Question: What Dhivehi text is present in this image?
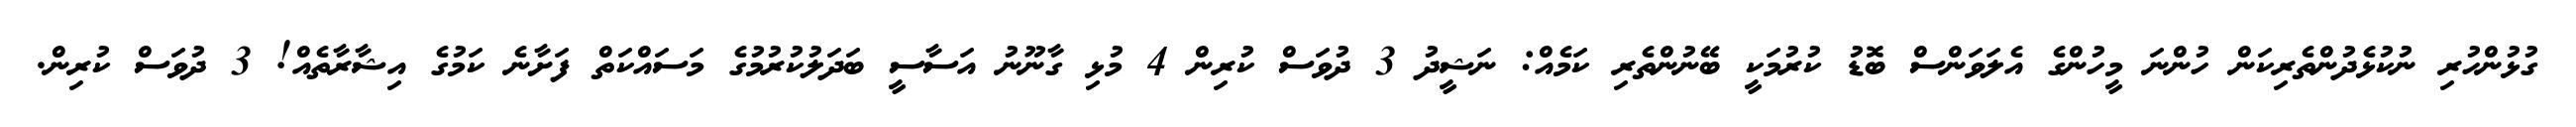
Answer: ގުޅުންހުރި ނުކުޅެދުންތެރިކަން ހުންނަ މީހުންގެ އެލަވަންސް ބޮޑު ކުރުމަކީ ބޭނުންތެރި ކަމެއް: ނަޝީދު 3 ދުވަސް ކުރިން 4 މުޅި ގާނޫނު އަސާސީ ބަދަލުކުރުމުގެ މަސައްކަތް ފަށާނެ ކަމުގެ އިޝާރާތެއް! 3 ދުވަސް ކުރިން.